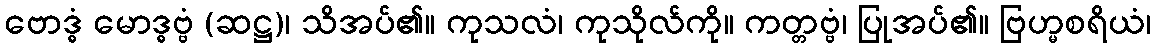
ဗောဒ္ဓံ မောဒ္ဓဗ္ဗံ (ဆဋ္ဌ)၊ သိအပ်၏။ ကုသလံ၊ ကုသိုလ်ကို။ ကတ္တဗ္ဗံ၊ ပြုအပ်၏။ ဗြဟ္မစရိယံ၊